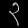
Digit: ၃